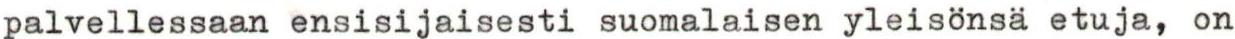
palvellessaan ensisijaisesti suomalaisen yleisönsä etuja, on